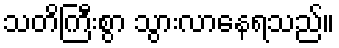
သတိကြီးစွာ သွားလာနေရသည်။